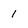
Character: 1